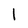
Character: 1